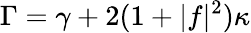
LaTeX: \Gamma=\gamma+2(1+|f|^{2})\kappa